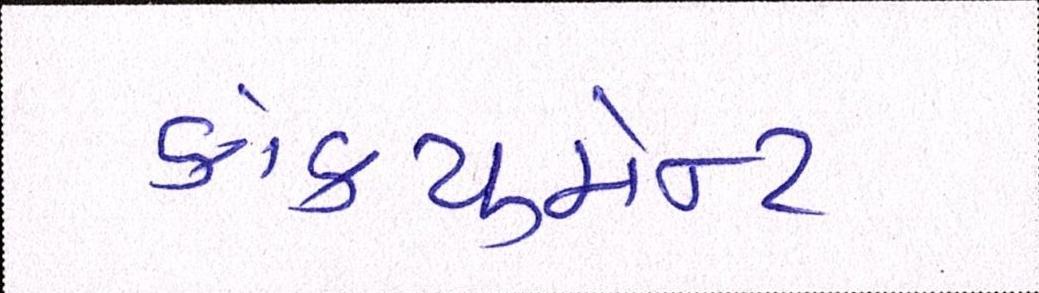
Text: ડોકયુમેન્ટ